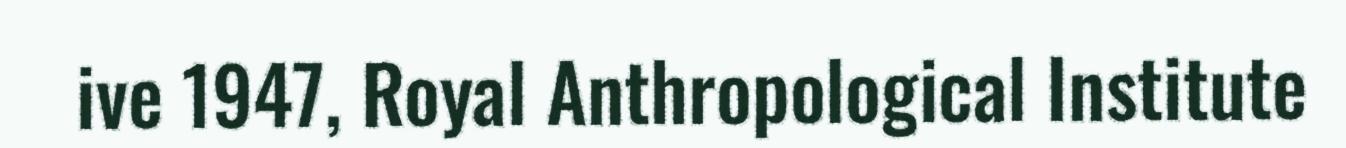
ive 1947, Royal Anthropological Institute